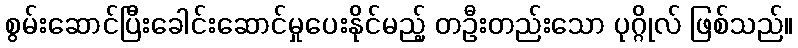
စွမ်းဆောင်ပြီးခေါင်းဆောင်မှုပေးနိုင်မည့် တဦးတည်းသော ပုဂ္ဂိုလ် ဖြစ်သည်။